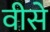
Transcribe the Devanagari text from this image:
वीसे